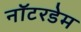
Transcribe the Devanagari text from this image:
नॉटरडेम